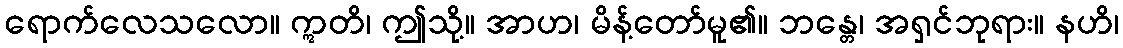
ရောက်လေသလော။ ဣတိ၊ ဤသို့။ အာဟ၊ မိန့်တော်မူ၏။ ဘန္တေ၊ အရှင်ဘုရား။ နဟိ၊